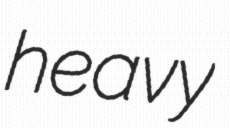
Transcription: heavy